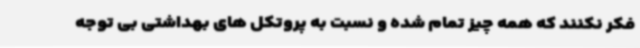
فکر نکنند که همه چیز تمام شده و نسبت به پروتکل های بهداشتی بی توجه